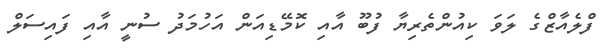
ފްލެއާޒްގެ ލަވަ ކިއުންތެރިޔާ ފުބޫ އާއި ކޮމޭޑިއަން އަހުމަދު ސުނީ އާއި ފައިސަލް